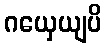
ဂယှေယျပိ